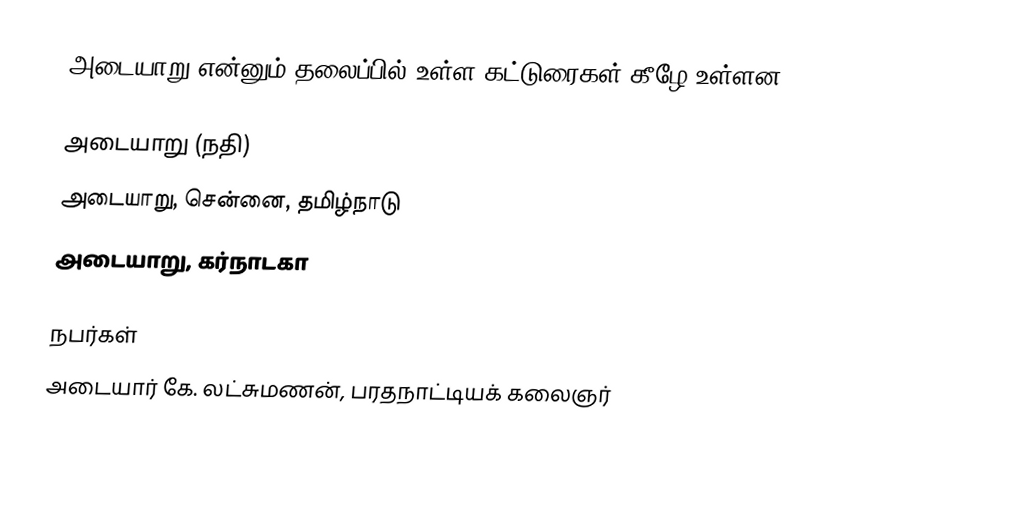
அடையாறு என்னும் தலைப்பில் உள்ள கட்டுரைகள் கீழே உள்ளன.

அடையாறு (நதி)
அடையாறு, சென்னை, தமிழ்நாடு
அடையாறு, கர்நாடகா

நபர்கள்
அடையார் கே. லட்சுமணன், பரதநாட்டியக் கலைஞர்